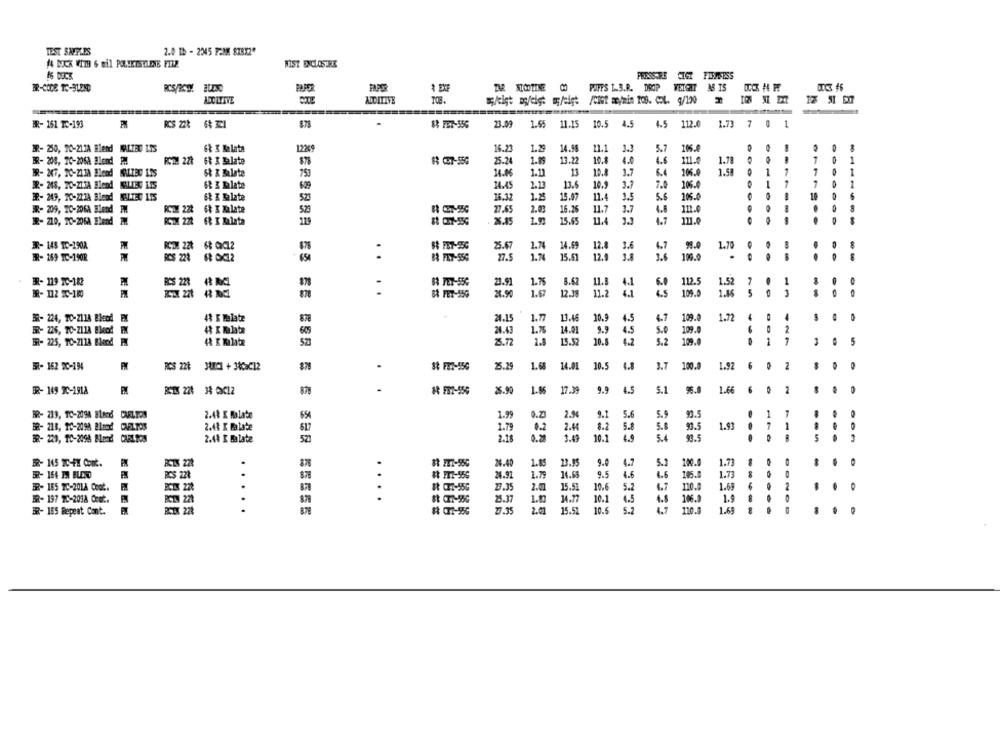
TEST SAMPLES
2.0 1b - 2345 F2MM 878X2"
/4 BACK WITH 6 mil POLSKISILENE FILE
WIST ENCLOSURE
PRESSARE CIGT FIRMSISS
BR-CODE TO-BLEND
PUFFS 1.3.R. DROP WEIGHT AS IS
ADOLTERE
BR- 161 TC-193
8.75
88 FET-35G
23.09
1.55
11.15
10.5
4.5 112.0
1.73 7 0 1
BR- 250, 10-213A Blend MALTED LIS
6% K Balate
12269
15.23
1.25
14.98
11.1
3.3
5.7
105.6
0
BR- 200, 10-206A Blend PM
RC2: 221
68 3 Jalate
$3 C27-556
25.24
1.89
13.22
4.0
4.6
111.0
1.78
BR- 267, 20-2138 Blend ALTEC 135
6& & Balate
753
14.46
1.11
13
3.7
6.4
1
1
1
1
68 3 Malate
629
14.45
1.13
13.6
10.9
3.7
7.0
206.0
7
1
BR- 249, 20-223A Blend BELTED ITS
6& K Balate
1.25
15.97
11.4
3.5
5.6
10
523
16.32
205.0
BR- 209, 20-206A Blend FM
6% 3 Malate
523
27.65
2.03
16.26
11.7
3.7
4.8
111.0
- -
3- 210, 20-2060 Blend FM
RCT 222
119
82 C27-55G
2.15
15.65
11.4
111.0
3- 148 TC-190A
FM
88 FBT-55C
25.67
2.74 14.69
12.8
3.6
4.7
99.
1.70
.
.
..
15.61
100.0
BR- 169 TC-190R
RCS 223
B& FIT-556
27.5
1.74
12.4
3.8
3.6
--
R- 119 20-182
RSS 223 48 MC1
83 FET-550
23.91
1.75 8.62 11.B
4.1
112.5
1
24.90
1.67
12.38 11.2
4.5
109.0
5
BR- 112 20-180
BA FET-556
4.1
1.72
4
BR- 224, 70-2118 Bleedl FM
48 E Talate
1.77
13.46
10.9
4.5
4.7
109.
4
0
0
BR- 226, TC-211A Bleod FM
4 K lalate
605
24.43
1.75 14.01
9.9 4.5
5.0
109.0
-
2
BR- 225, TC-211A Blood FM
523
73.72
1.8
15.52
10.8
4.2
5.2
109.
1
5
BR- 162 DC-194
RCS 228 3AMICI + 34CaC12
75.29
1.68 14.01 10.5 4.8
3.7 100.0
1.92 6
2
BR- 149 3C-1918
83 FR7-556
25.90
1.86 17.39 9.9 4.5
5.1
96.9
1.66
6 0 2
.
0
878
1.99
2.90
93.5
1
BR- 219, TC-2098 B1ked CRELION
2.41 X folate
654
0.Z
9.1
5.9
BR- 218, 10-2098 Bland CAELTOS
2.48 X lalate
1.79
0.2
2.45
8.2
5.8
5.8
93.5
1.93
7
1
617
BR- 220, 10-2098 Mand CARLTON
2.41 K Balate
523
2.18
10.1
4.9
5.4
93.5
---
..
BR- 145 TC-FK Cont.
ACTS 221
24.40
1.85
13.15
9.0
4.7
5.3
190.0
1.73
ER- 164 EN BLEND
BCS 22₺
878
24.91
1.79
14.63
9.5
4.6
4.6
105.0
1.73
BR- 155 IC-20LA Coat.
BCIX 220
87
27.35
2.0
15.51
10.6
5.2
120.0
1.69
2
....
.
25.37
14.77
10.1
4.5
4.8
1.9
-
RCI 224
.....
27.35
2.01
15.51
10.6
5.7
4.7
1.69
.
BR- 165 Repeat Cont.